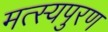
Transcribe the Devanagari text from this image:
मत्स्यपुरण